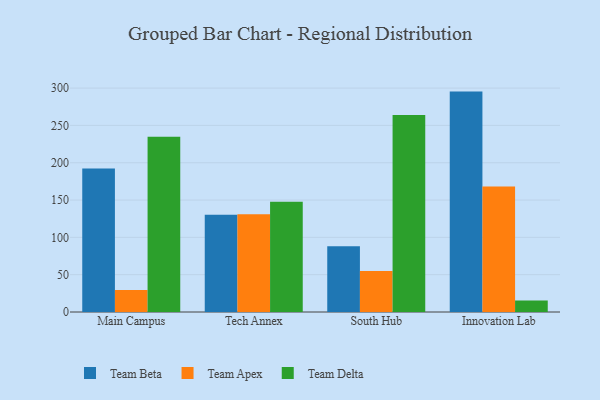
{"axis": {"x": "Campus", "y": "Gross Profit (USD K)"}, "legend": ["Team Apex", "Team Beta", "Team Delta"], "data": [{"x": "Main Campus", "y": 192.1, "type": "Team Beta"}, {"x": "Main Campus", "y": 29.4, "type": "Team Apex"}, {"x": "Main Campus", "y": 234.9, "type": "Team Delta"}, {"x": "Tech Annex", "y": 130.2, "type": "Team Beta"}, {"x": "Tech Annex", "y": 130.9, "type": "Team Apex"}, {"x": "Tech Annex", "y": 147.7, "type": "Team Delta"}, {"x": "South Hub", "y": 88.1, "type": "Team Beta"}, {"x": "South Hub", "y": 54.8, "type": "Team Apex"}, {"x": "South Hub", "y": 263.8, "type": "Team Delta"}, {"x": "Innovation Lab", "y": 295.3, "type": "Team Beta"}, {"x": "Innovation Lab", "y": 168.0, "type": "Team Apex"}, {"x": "Innovation Lab", "y": 15.4, "type": "Team Delta"}]}